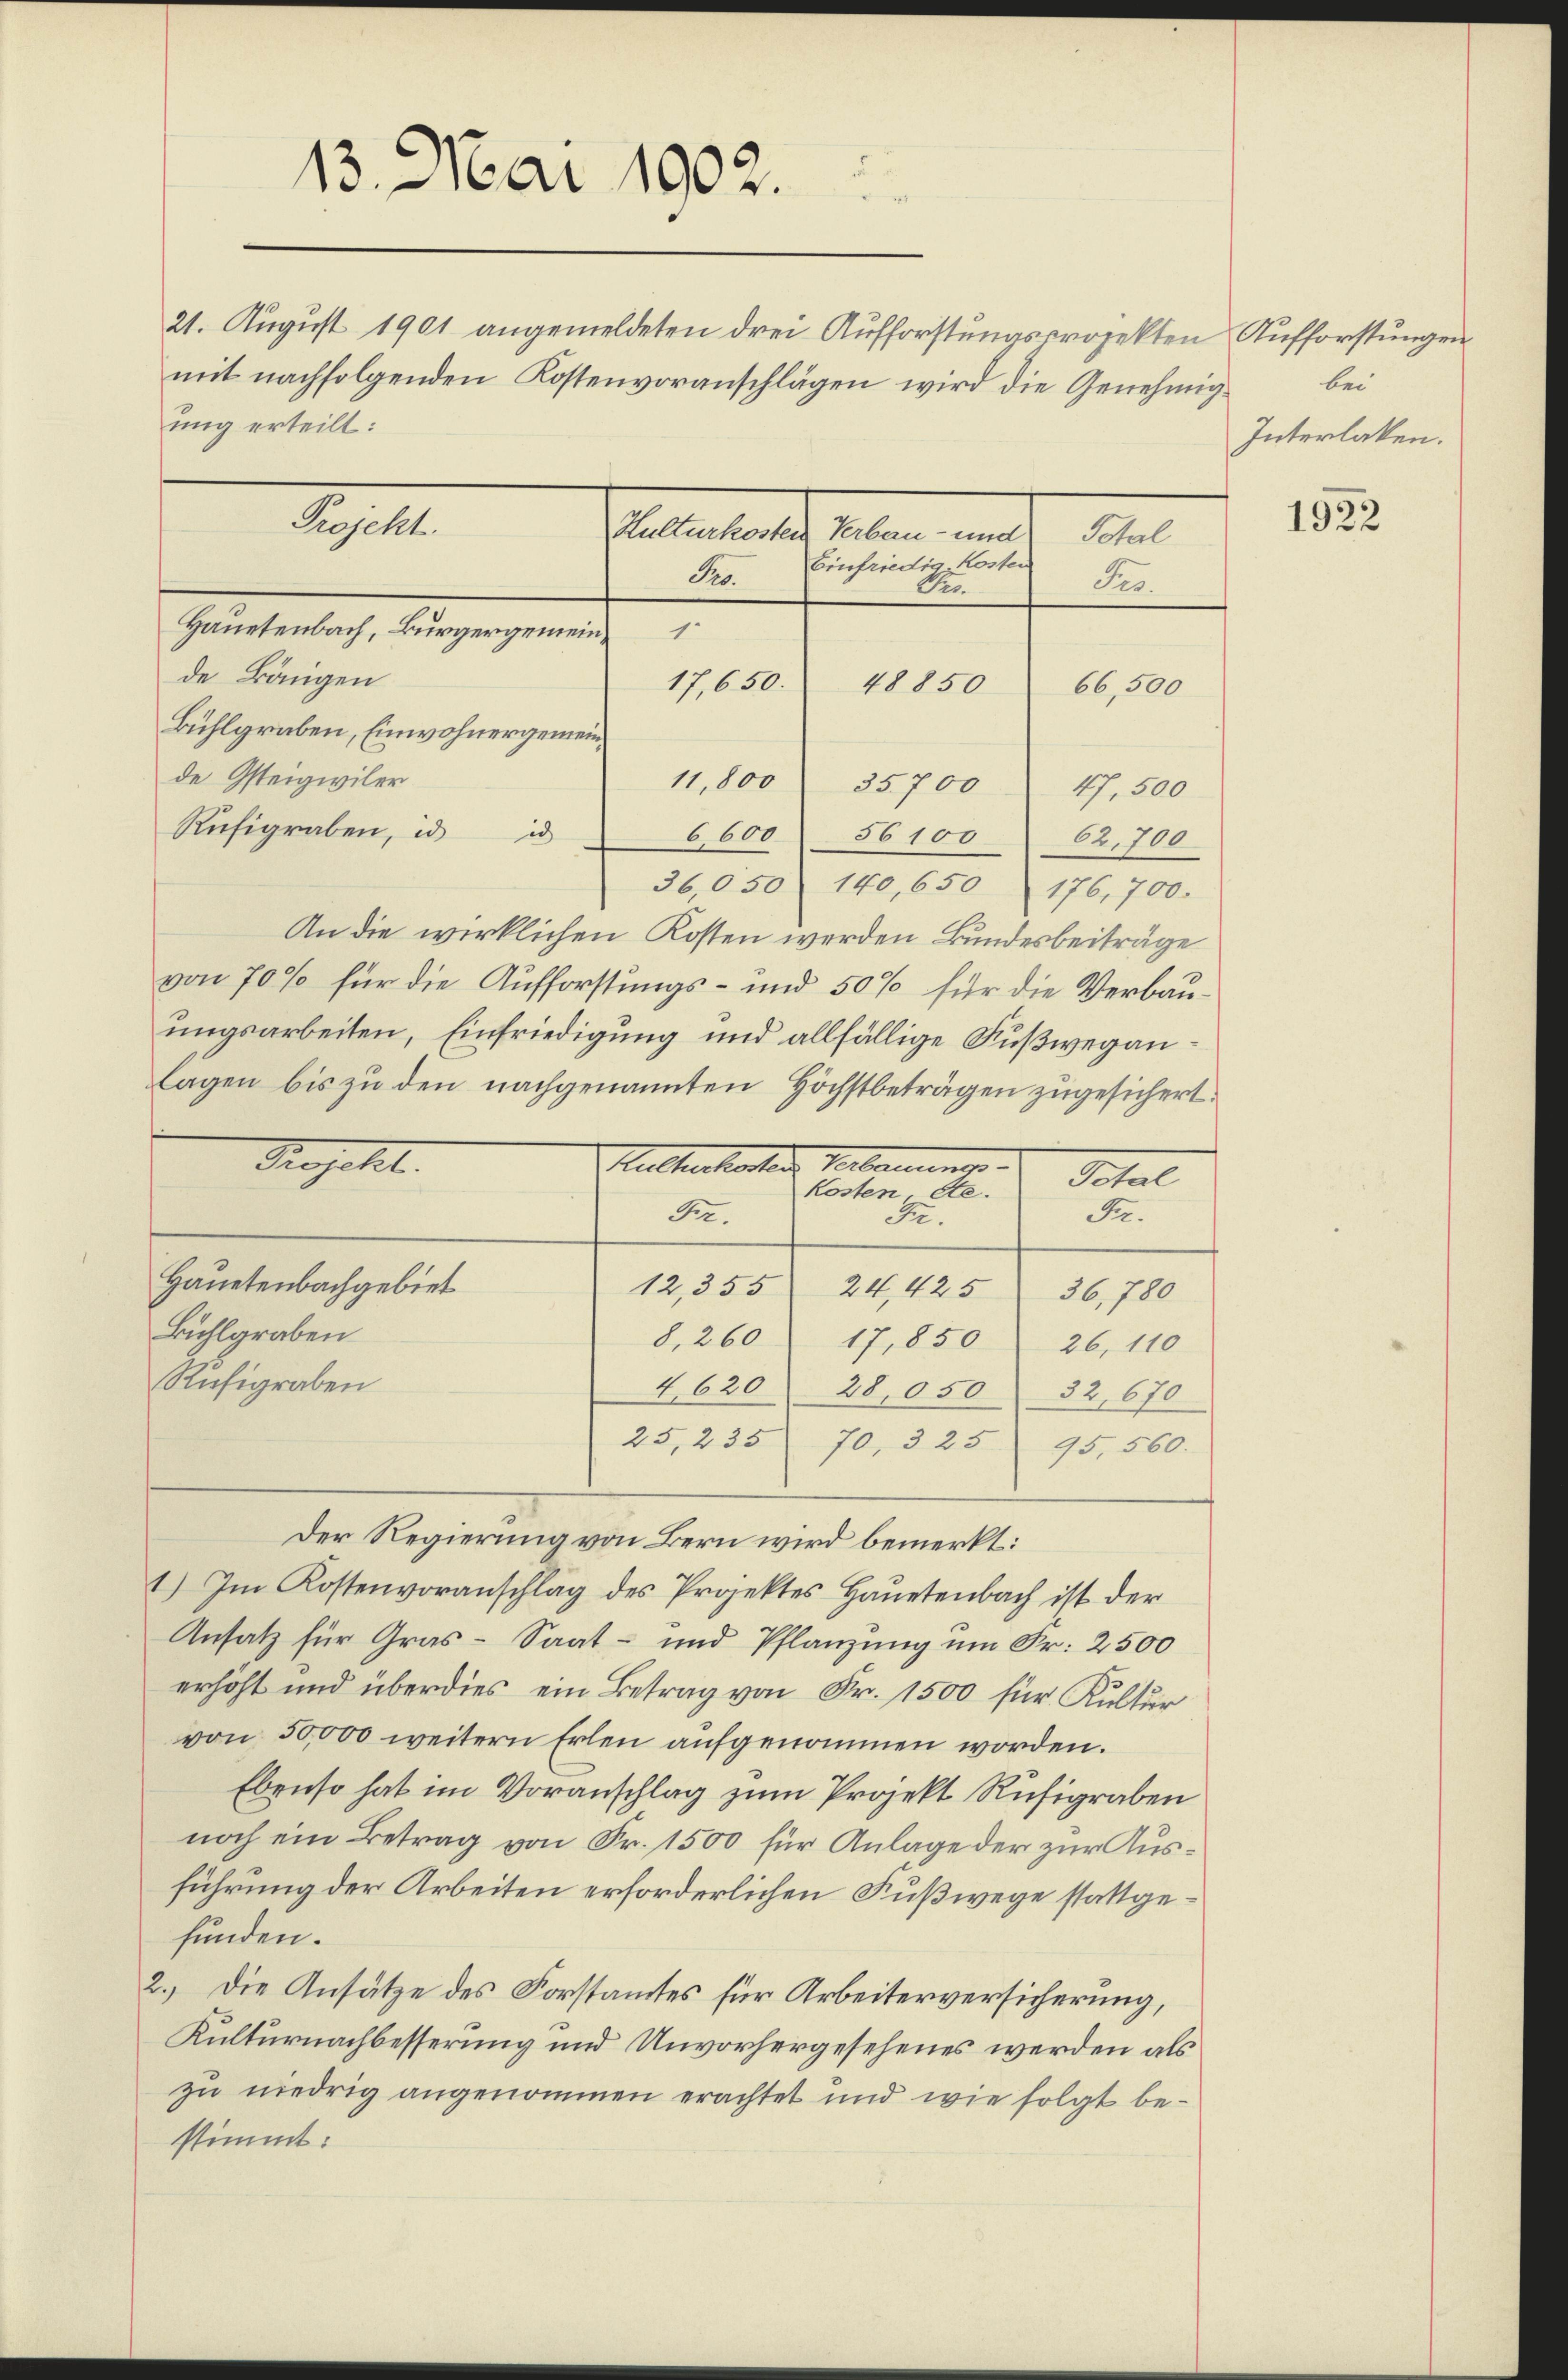
21. August 1901 angemeldeten drei Aufforstungsprojekten Aufforstungen
mit nachfolgenden Kostenvoranschlägen wird die Genehmig¬
Protestalt allen und
Total
Einfriedig-Kosten
Pro.
Ser.
Ver
17,650.
48850
66,500
Bühlgraben, Einwohnergemeinde Gsteigwiler
11,800 35700 " 47. 500
Rufigraben, in ic
6,6005610062,700
36,050 140, 650 176, 700.
An die wirklichen Kosten werden Bundesbeiträge
von 70 % für die Aufforstungs- und 50% für die Verbauungsarbeiten, Einfriedigung und allfällige Fußweganlagen bis zu den nachgenannten Höchstbeträgen zugesichert.
Projekt.
Hultenharten
Dotal
kosten die
Fr.
B.
Fr.
Hauetenbachgebiet
12,355
24, 425
36,780
Buhlgraben
8,260
17,850
26, 110
Rufigraben
1620
28,050. 32, 670.
25,235. 70, 325 95, 560.
Der Regierung von Bern wird bemerkt:
1) Im Kostenvoranschlag des Projektes Hauptenbach ist der
Ansatz für Gras- Saat- und Pflanzung um Fr. 2500
erhöht und überdies ein Betrag von Fr. 1500 für Kultur
von 50,000 weitern Erlen aufgenommen worden.
Ebenso hat im Voranschlag zum Projekt Rusigraben
noch ein Betrag von Fr. 1500 für Anlage der zur Ausführung der Arbeiten erforderlichen Fußwege stattgefunden.
2.) Die Ansätze des Forstamtes für Arbeiterversicherung,
Kulturnachbesserung und Unvorhergesehenes werden als
zu niedrig angenommen erachtet und wie folgt bestimmt:

13. Mai 1902.
u

ung erteilt:
S

Hauetenbach, Bürgergemeind
de Längen

bei
Interlaken.

1922